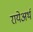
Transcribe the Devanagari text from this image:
रायेअर्थ